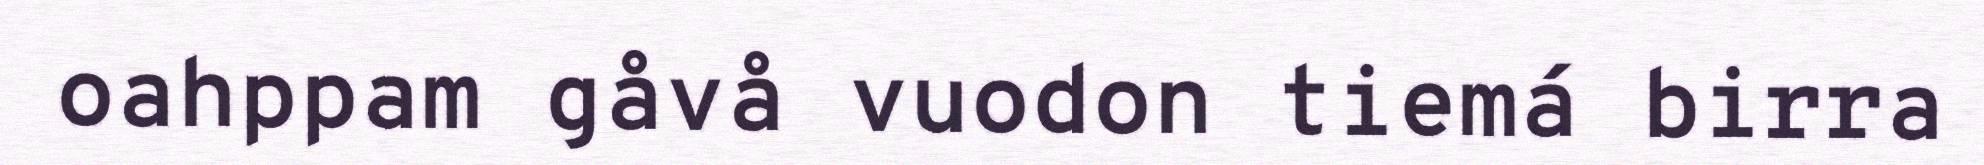
oahppam gåvå vuodon tiemá birra